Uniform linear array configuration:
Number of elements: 32
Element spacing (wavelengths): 0.25
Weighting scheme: exponential
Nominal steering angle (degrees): -45
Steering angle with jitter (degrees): -44.874
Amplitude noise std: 0.05
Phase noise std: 0.05

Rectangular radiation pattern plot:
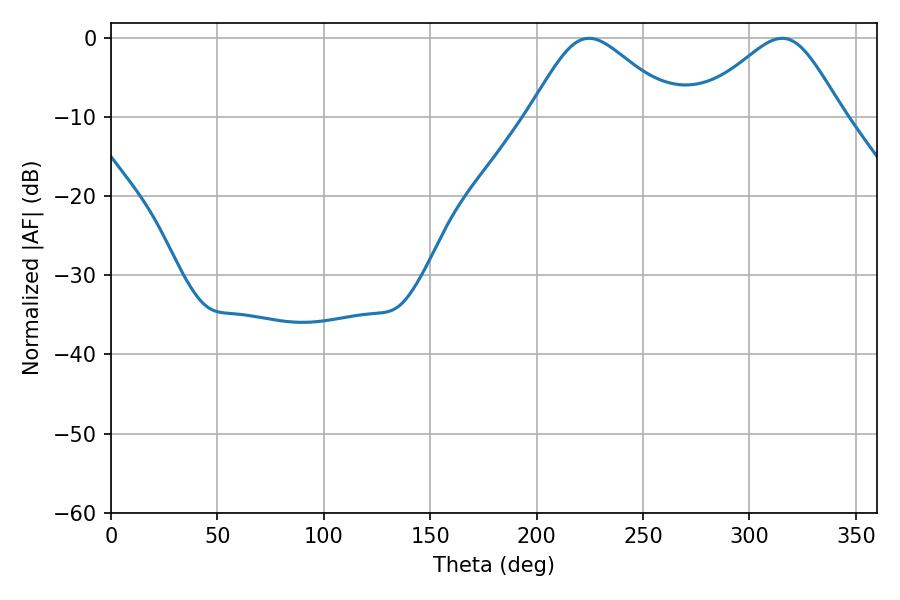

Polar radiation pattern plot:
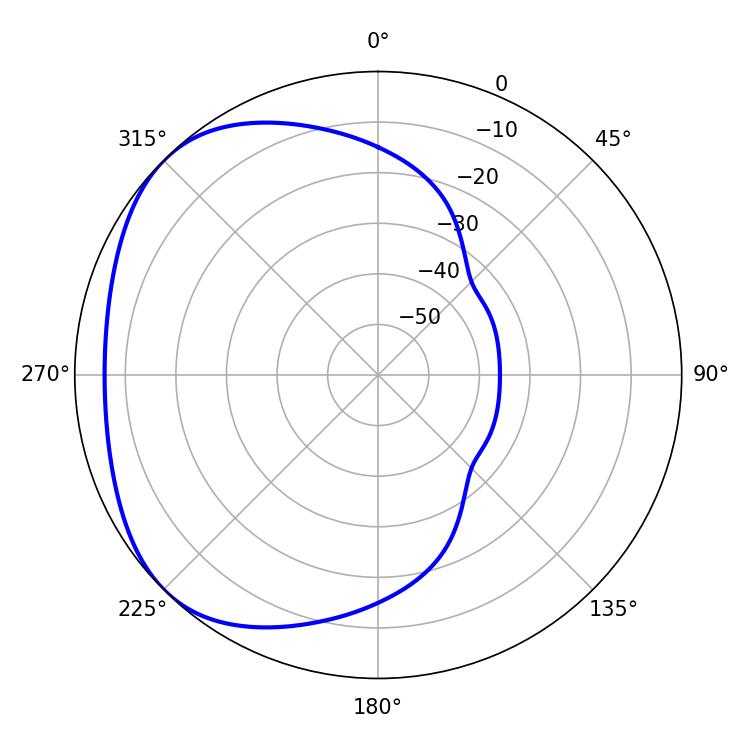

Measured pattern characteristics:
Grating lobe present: FALSE
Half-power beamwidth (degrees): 34.2
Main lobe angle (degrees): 224.64